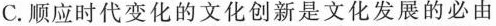
C.顺应时代变化的文化创新是文化发展的必由